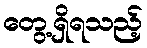
တွေ့ရှိရသည့်